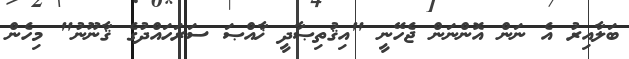
ބަލާއިރު އެ ނަން އޮންނަން ޖެހޭނީ "އިޤުތިޞާދީ ޚާއްޞަ ސަރަހައްދުގެ ޤާނޫނު" މިހެން